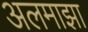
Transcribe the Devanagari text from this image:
अलमाझा